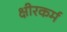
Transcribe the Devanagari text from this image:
क्षीरकर्म